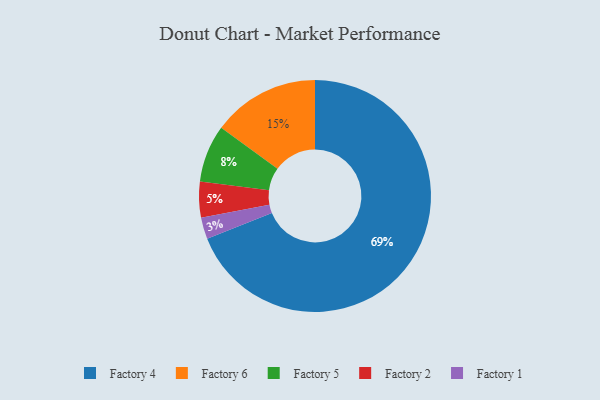
{"axis": {"x": "Category", "y": "Percentage"}, "legend": ["Factory 1", "Factory 2", "Factory 4", "Factory 5", "Factory 6"], "data": [{"x": "Factory 4", "y": 69, "type": "Factory 4"}, {"x": "Factory 5", "y": 8, "type": "Factory 5"}, {"x": "Factory 1", "y": 3, "type": "Factory 1"}, {"x": "Factory 2", "y": 5, "type": "Factory 2"}, {"x": "Factory 6", "y": 15, "type": "Factory 6"}]}